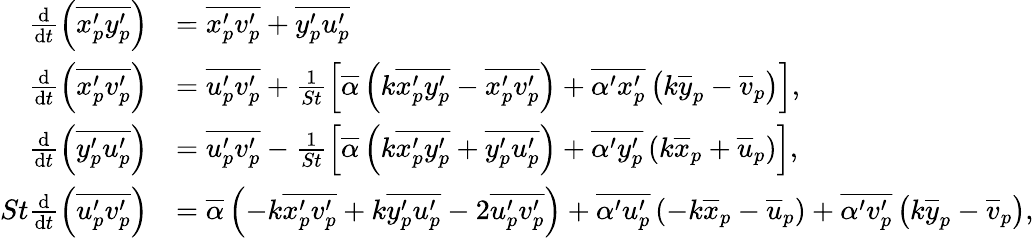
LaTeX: \begin{array}{rl}{\frac{\mathrm{d}}{\mathrm{d}t}\left(\overline{{{x_{p}^{\prime}}{y_{p}^{\prime}}}}\right)}&{=\overline{{{x_{p}^{\prime}}{v_{p}^{\prime}}}}+\overline{{{y_{p}^{\prime}}{u_{p}^{\prime}}}}}\\ {\frac{\mathrm{d}}{\mathrm{d}t}\left(\overline{{{x_{p}^{\prime}}{v_{p}^{\prime}}}}\right)}&{=\overline{{{u_{p}^{\prime}}{v_{p}^{\prime}}}}+\frac{1}{St}\left[\overline{{\alpha}}\left(k\overline{{{x_{p}^{\prime}}{y_{p}^{\prime}}}}-\overline{{{x_{p}^{\prime}}{v_{p}^{\prime}}}}\right)+\overline{{\alpha^{\prime}x_{p}^{\prime}}}\left(k\overline{{y}}_{p}-\overline{{v}}_{p}\right)\right],}\\ {\frac{\mathrm{d}}{\mathrm{d}t}\left(\overline{{{y_{p}^{\prime}}{u_{p}^{\prime}}}}\right)}&{=\overline{{{u_{p}^{\prime}}{v_{p}^{\prime}}}}-\frac{1}{St}\left[\overline{{\alpha}}\left(k\overline{{{x_{p}^{\prime}}{y_{p}^{\prime}}}}+\overline{{{y_{p}^{\prime}}{u_{p}^{\prime}}}}\right)+\overline{{\alpha^{\prime}y_{p}^{\prime}}}\left(k\overline{{x}}_{p}+\overline{{u}}_{p}\right)\right],}\\ {St\frac{\mathrm{d}}{\mathrm{d}t}\left(\overline{{{u_{p}^{\prime}}{v_{p}^{\prime}}}}\right)}&{=\overline{{\alpha}}\left(-k\overline{{x_{p}^{\prime}v_{p}^{\prime}}}+k\overline{{y_{p}^{\prime}u_{p}^{\prime}}}-2\overline{{u_{p}^{\prime}v_{p}^{\prime}}}\right)+\overline{{\alpha^{\prime}u_{p}^{\prime}}}\left(-k\overline{{x}}_{p}-\overline{{u}}_{p}\right)+\overline{{\alpha^{\prime}v_{p}^{\prime}}}\left(k\overline{{y}}_{p}-\overline{{v}}_{p}\right),}\end{array}